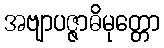
အဗျာပဇ္ဇာဓိမုတ္တော